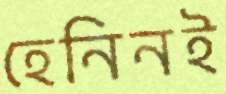
হেনিনই